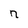
Character: n